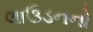
લાઉડનનો